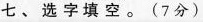
七、选字填空。(7分)